Scientific memoirs by medical officers of the Army of India - Part VII,
Year: 1892
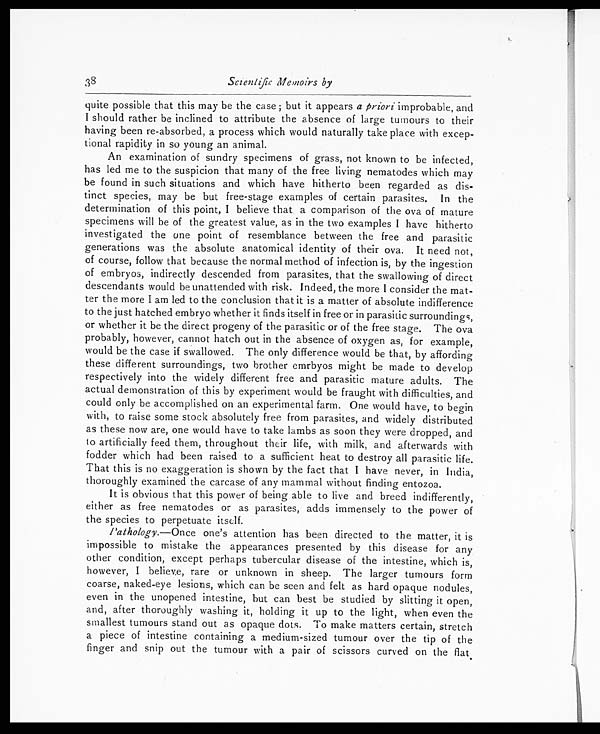
38
Scientific Memoirs by
quite possible that this may be the case ; but it appears a priori improbable, and
I should rather be inclined to attribute the absence of large tumours to their
having been re-absorbed, a process which would naturally take place with excep-
tional rapidity in so young an animal.
An examination of sundry specimens of grass, not known to be infected,
has led me to the suspicion that many of the free living nematodes which may
be found in such situations and which have hitherto been regarded as dis-
tinct species, may be but free-stage examples of certain parasites. In the
determination of this point, I believe that a comparison of the ova of mature
specimens will be of the greatest value, as in the two examples I have hither to
investigated the one point of resemblance between the free and parasitic
generations was the absolute anatomical identity of their ova. It need not,
of course, follow that because the normal method of infection is, by the ingestion
of embryos, indirectly descended from parasites, that the swallowing of direct
descendants would be unattended with risk. Indeed, the more I consider the mat-
ter the more I am led to the conclusion that it is a matter of absolute indifference
to the just hatched embryo whether it finds itself in free or in parasitic surroundings,
or whether it be the direct progeny of the parasitic or of the free stage. The ova
probably, however, cannot hatch out in the absence of oxygen as, for example,
would be the case if swallowed. The only difference would be that, by affording
these different surroundings, two brother emrbyos might be made to develop
respectively into the widely different free and parasitic mature adults. The
actual demonstration of this by experiment would be fraught with difficulties, and
could only be accomplished on an experimental farm. One would have, to begin
with, to raise some stock absolutely free from parasites, and widely distributed
as these now are, one would have to take lambs as soon they were dropped, and
to artificially feed them, throughout their life, with milk, and afterwards with
fodder which had been raised to a sufficient heat to destroy all parasitic life.
That this is no exaggeration is shown by the fact that I have never, in India,
thoroughly examined the carcase of any mammal without finding entozoa.
It is obvious that this power of being able to live and breed indifferently,
either as free nematodes or as parasites, adds immensely to the power of
the species to perpetuate itself.
Pathology. —Once one's attention has been directed to the matter, it is
impossible to mistake the appearances presented by this disease for any
other condition, except perhaps tubercular disease of the intestine, which is,
however, I believe, rare or unknown in sheep. The larger tumours form
coarse, naked-eye lesions, which can be seen and felt as hard opaque nodules,
even in the unopened intestine, hut can best be studied by slitting it open,
and, after thoroughly washing it, holding it up to the light, when even the
smallest tumours stand out as opaque dots. To make matters certain, stretch
a piece of intestine containing a medium-sized tumour over the tip of the
finger and snip out the tumour with a pair of scissors curved on the flat